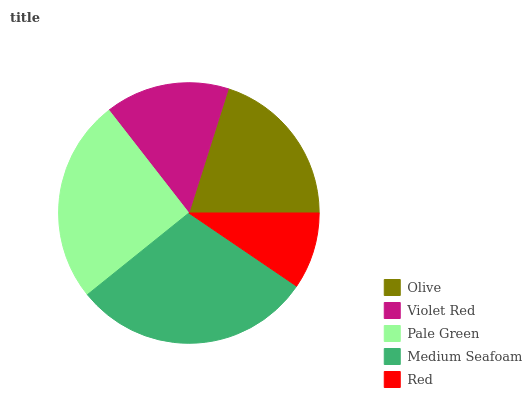
| Olive | Violet Red | Pale Green | Medium Seafoam | Red |
 | --- | --- | --- | --- | --- |
 | 20% | 15.4% | 25.3% | 29.7% | 9.5% |